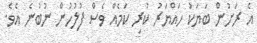
އެ ރަށުން ބަޔަކު ހައްޔަރު ކުރި ކަމެއް ވެސް ފުލުހުން ނުބުނެ އެވެ.